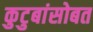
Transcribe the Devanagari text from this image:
कुटुबांसोबत